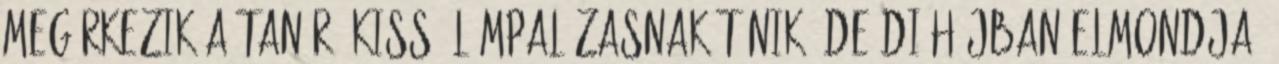
megérkezik a tanár. Kissé lámpalázasnak tűnik, de dióhéjban elmondja,